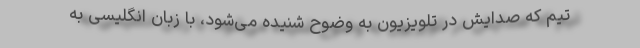
تیم که صدایش در تلویزیون به وضوح شنیده می‌شود، با زبان انگلیسی به